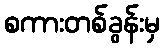
စကားတစ်ခွန်းမှ